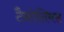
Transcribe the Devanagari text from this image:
टैक्रोलिमस